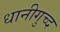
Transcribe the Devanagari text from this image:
धानीगुच्द